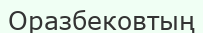
Оразбековтың